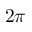
2 \pi